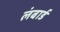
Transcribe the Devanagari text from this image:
लंबार्ड